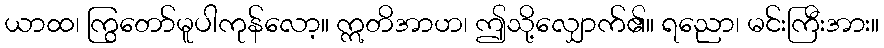
ယာထ၊ ကြွတော်မူပါကုန်လော့။ ဣတိအာဟ၊ ဤသို့လျှောက်၏။ ရညော၊ မင်းကြီးအား။